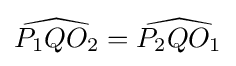
{\widehat {P_{1}QO_{2}}}={\widehat {P_{2}QO_{1}}}